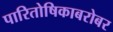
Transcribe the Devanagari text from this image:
पारितोषिकाबरोबर